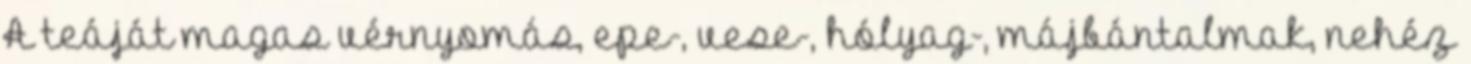
A teáját magas vérnyomás, epe-, vese-, hólyag-, májbántalmak, nehéz